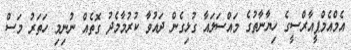
އެމްއެމްޕީއާރްސީގެ ހިޔާނާތުގެ މައްސަލައާ ގުޅިގެން ދައުވާ ކުރުމާމެދު ގޮތެއް ނުނިމި ހަތަރު މަސް